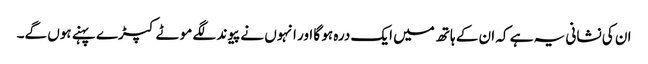
ان کی نشانی یہ ہے کہ ان کے ہاتھ میں ایک درہ ہو گا اور انہوں نے پیوند لگے موٹے کپڑے پہنے ہوں گے۔